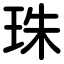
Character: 珠